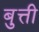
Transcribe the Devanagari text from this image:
बुत्ती